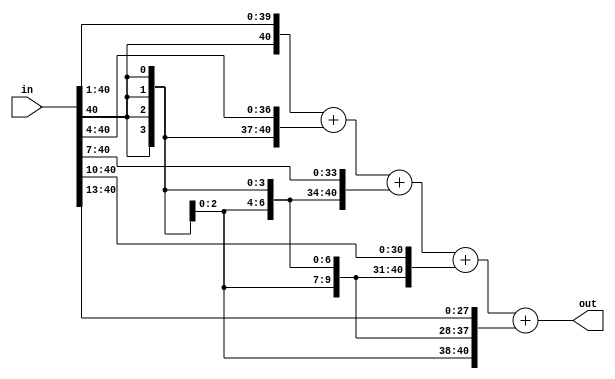
module c4_512(in,out);
input[40:0]in;
output[40:0]out;

wire[40:0]in_1;
wire[40:0]in_2;
wire[40:0]in_3;
wire[40:0]in_4;
wire[40:0]in_5;

assign in_1[40:0]={{1{in[40]}},in[40:1]};//>>1
assign in_2[40:0]={{4{in[40]}},in[40:4]};//>>4
assign in_3[40:0]={{7{in[40]}},in[40:7]};//>>7
assign in_4[40:0]={{10{in[40]}},in[40:10]};//>>10
assign in_5[40:0]={{13{in[40]}},in[40:13]};//>>13

assign  out[40:0]=in_1[40:0]+in_2[40:0]+in_3[40:0]+in_4[40:0]+in_5[40:0];

endmodule